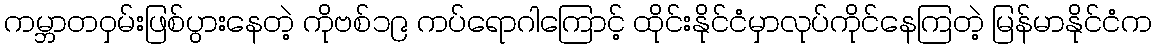
ကမ္ဘာတဝှမ်းဖြစ်ပွားနေတဲ့ ကိုဗစ်၁၉ ကပ်ရောဂါကြောင့် ထိုင်းနိုင်ငံမှာလုပ်ကိုင်နေကြတဲ့ မြန်မာနိုင်ငံက